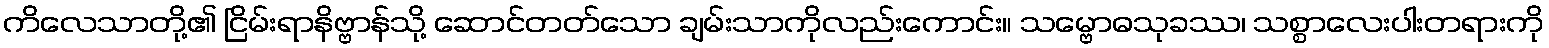
ကိလေသာတို့၏ ငြိမ်းရာနိဗ္ဗာန်သို့ ဆောင်တတ်သော ချမ်းသာကိုလည်းကောင်း။ သမ္ဗောဓသုခဿ၊ သစ္စာလေးပါးတရားကို